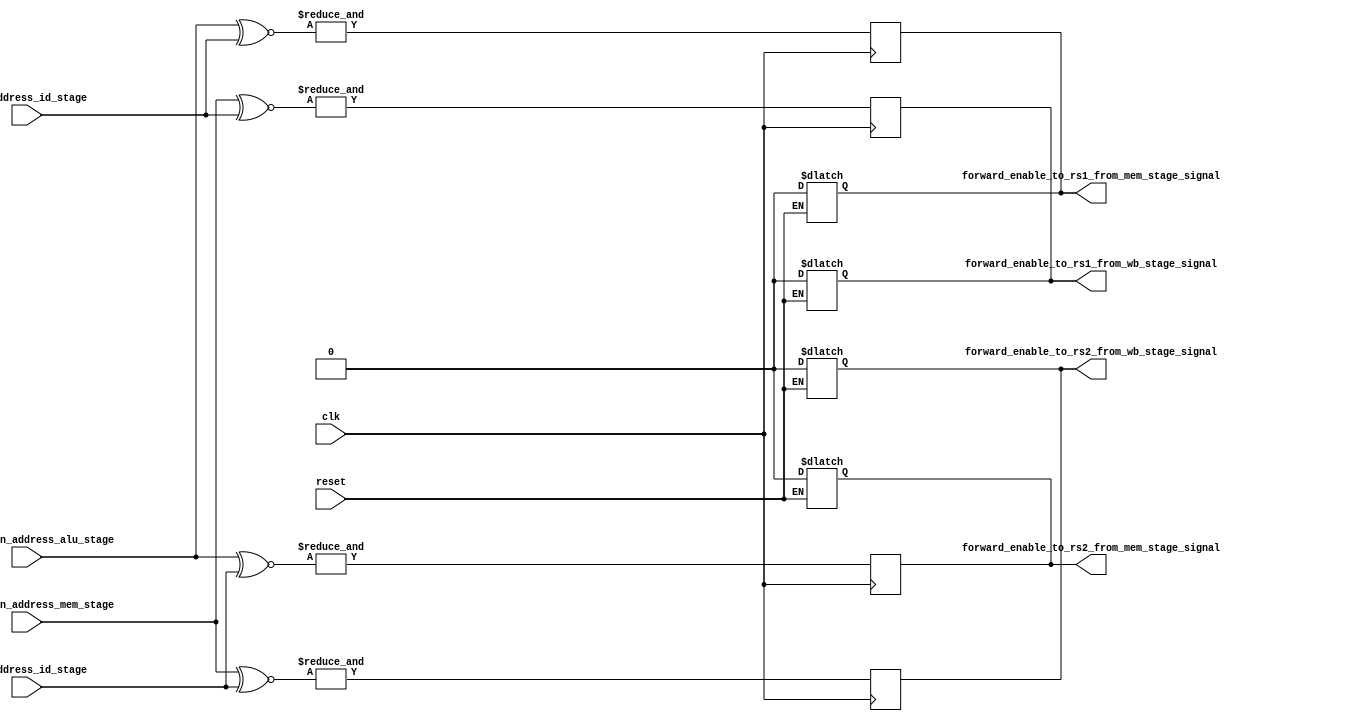
`timescale  1ns/100ps

module Alu_hazard_unit (
    clk,
    reset,
    destination_address_mem_stage,
    destination_address_alu_stage,
    rs1_address_id_stage,
    rs2_address_id_stage,
    forward_enable_to_rs1_from_mem_stage_signal,
    forward_enable_to_rs2_from_mem_stage_signal,
    forward_enable_to_rs1_from_wb_stage_signal,
    forward_enable_to_rs2_from_wb_stage_signal
);

input clk,reset;
input [4:0]    destination_address_mem_stage,destination_address_alu_stage,rs1_address_id_stage,rs2_address_id_stage;

output reg forward_enable_to_rs1_from_mem_stage_signal,forward_enable_to_rs2_from_mem_stage_signal,forward_enable_to_rs1_from_wb_stage_signal,forward_enable_to_rs2_from_wb_stage_signal;

wire [4:0] alu_rs1_xnor_wire,alu_rs2_xnor_wire,mem_rs1_xnor_wire,mem_rs2_xnor_wire;
wire alu_rs_1comparing,alu_rs_2comparing,mem_rs1comparing,mem_rs2comparing;


// comparing destination address and sourse register address to identify hazards(alu stage with instruction decode stage)
assign #1 alu_rs1_xnor_wire=(destination_address_alu_stage~^rs1_address_id_stage);    //bitwise xnoring
assign #1 alu_rs2_xnor_wire=(destination_address_alu_stage~^rs2_address_id_stage);    //bit wise xnoring
assign #1 alu_rs_1comparing= (&alu_rs1_xnor_wire);                                    //all bits are anding
assign #1 alu_rs_2comparing= (&alu_rs2_xnor_wire);                                    //all bits anding

// comparing destination address and sourse register address to identify hazards(mem stage with instruction decode stage)
assign #1 mem_rs1_xnor_wire=(destination_address_mem_stage~^rs1_address_id_stage);    //bitwise xnoring
assign #1 mem_rs2_xnor_wire=(destination_address_mem_stage~^rs2_address_id_stage);    //bit wise xnoring
assign #1 mem_rs1comparing= (&mem_rs1_xnor_wire);                                     //all bits are anding
assign #1 mem_rs2comparing= (&mem_rs2_xnor_wire);                                     //all bits anding


always @(posedge clk) begin
    #1                                                               //delay occured by combinational logic

    //setting relevent outputs
    forward_enable_to_rs1_from_mem_stage_signal=alu_rs_1comparing;
    forward_enable_to_rs2_from_mem_stage_signal=alu_rs_2comparing;
    forward_enable_to_rs1_from_wb_stage_signal=mem_rs1comparing;
    forward_enable_to_rs2_from_wb_stage_signal=mem_rs2comparing;
end

always @(reset) begin
	if(reset==1'b1) begin
        #1                                                          //reset delay
        //when reset all outputs set to zero allowing normal functionality in the pipeline
        forward_enable_to_rs1_from_mem_stage_signal=1'b0;
        forward_enable_to_rs2_from_mem_stage_signal=1'b0;
        forward_enable_to_rs1_from_wb_stage_signal=1'b0;
        forward_enable_to_rs2_from_wb_stage_signal=1'b0;	                        
	end
end

    
endmodule